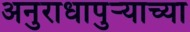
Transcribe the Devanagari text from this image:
अनुराधापुऱ्याच्या